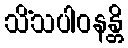
သိံသပါဝနန္တိ